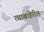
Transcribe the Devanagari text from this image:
त्याबाहेरील